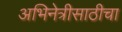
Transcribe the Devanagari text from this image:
अभिनेत्रीसाठीचा